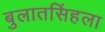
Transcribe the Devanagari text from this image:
बुलातसिंहला